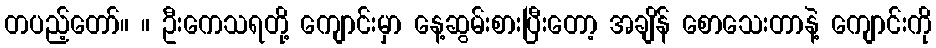
တပည့်တော်။ ။ ဦးကေသရတို့ ကျောင်းမှာ နေ့ဆွမ်းစားပြီးတော့ အချိန် စောသေးတာနဲ့ ကျောင်းကို